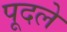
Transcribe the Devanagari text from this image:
पूदले